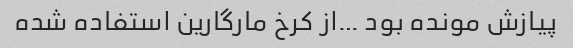
پیازش مونده بود …از کرخ مارگارین استفاده شده